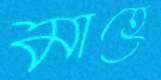
মাহে